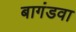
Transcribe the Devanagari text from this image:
बागंडवा